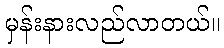
မှန်းနားလည်လာတယ်။